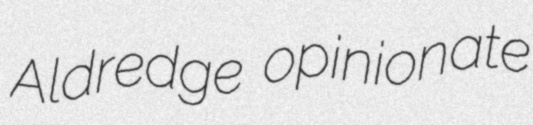
Aldredge opinionate